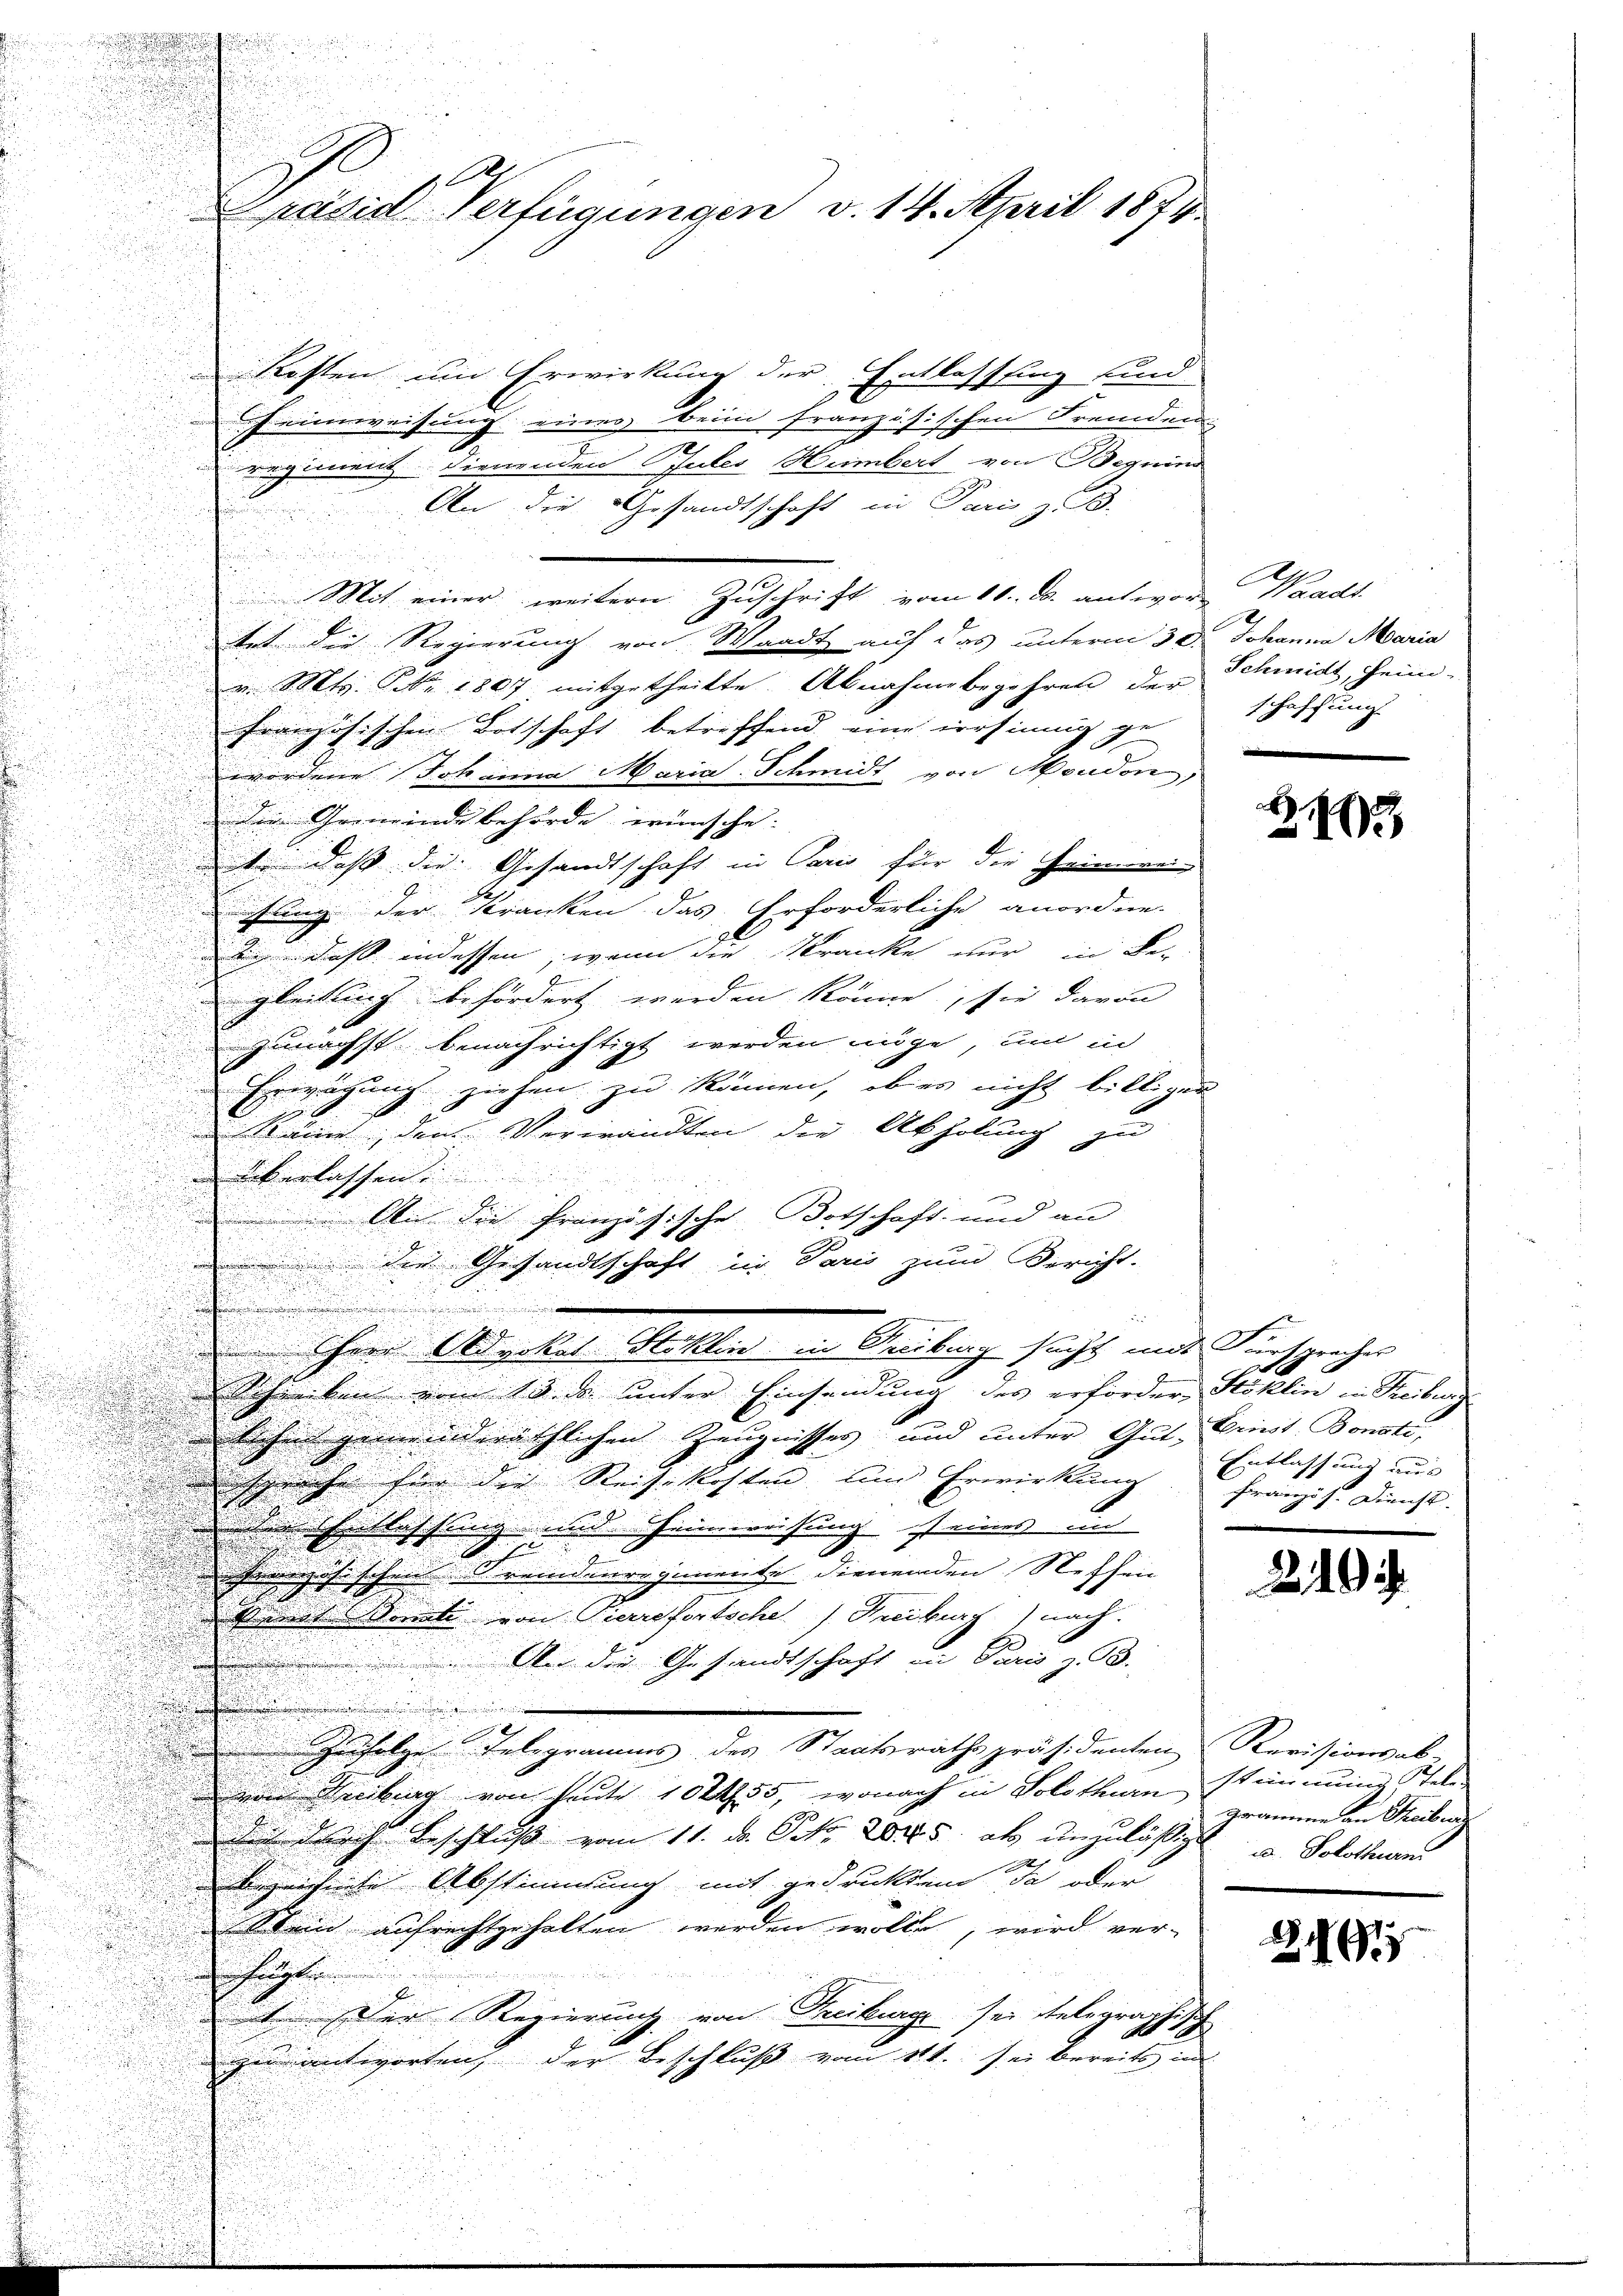
Kosten um Erwirkung der Entlassung sind
Heimweisung einer Brin französischen Fremden
d
regiment dienenden Gutes Hembert von Beguins
An die Gesandtschaft in Paris z. B.
Mit einer weitern Zuschrift vom 10. ds. antwort Waadt
tet die Regierung von Waadt auf das unterm 30. Johanna Maria
v. Mts. Nr. 1807 mitgetheilte Abnahme begehren der Schmidt, heim-
französischen Botschaft betreffend eine irrsinnig ge
wordene Johanna Maria Schmidt von Moudon,
Die Gemeinde behörde wünsche.
 daß die Gesandtschaft in Paris für die Heinreisung der Kranken das Erforderliche anordne.
din, daß indessen, wenn die Kranke nur in Be-
f
gleitung befördert werden könne, sie davon
.

zunächst benachrichtigt werden möge, um in

.
Erwägung ziehen zu können, ob es nicht billiger
 käme, dem Verwandten die Abholung zu
 überlassen.

.
 An die französische Botschaft und an

 die Gesandtschaft in Paris zum Bericht.

s
u
 Ihrer Advokat Stoklin, in Treiburg sucht mit Fürsprecher
Schreiben vom 13. ds. unter Einsendung des erfordern Stoklin in Treibung
dchen gemeinderäthlichen Zeugnisses und unter Gut, Priest, Bonste,
sprache für die Reisekosten und Erwirkung Entlassung aus
der Entlassung und Heimweisung seines in

.

rösischen reinderregimente dienenden Neffen
d
.

is mit Sorte von Pierrefortsche Freiburg) nach
 An die Gesandtschaft an Paris z. B.
.
2
zufolge Telegramms des Staatsrathspräsidenten
von Freiburg von heute 102. 55, wonach in Solothurn, stimmung Stel
de durch Beschluß vom 11. d. Pro. 284. 5. ab unzulässigt u. Solothurn
bezeichnete Abstimmung mit gedruckten Ja oder
Stein aufrechtgehalten werden wolle, wird ver-
fügte
 Der Regierung von Freiburge sei stelegraphisch
zu antworten, der Beschluß vom 11t. sei bereits in

Präsid Verfügungen v. 14. April 1874.

schaffung

Z. 102

Französ. Dienst.

21

Revisionsab-
gramme an Streiben

2191